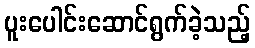
ပူးပေါင်းဆောင်ရွက်ခဲ့သည့်